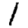
Digit: 1